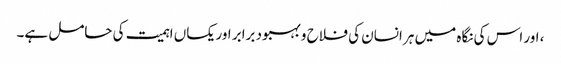
، اور اس کی نگاہ میں ہر انسان کی فلاح و بہبود برابر اور یکساں اہمیت کی حامل ہے۔